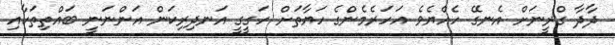
ދާދާ ގްރީނަށް އެނގޭ ހެއްޔެވެ އަހަރެމެންގެ ހަޔާތަށް ހަގީގީ އަނދިރިކަން އަންނަނީ ބައްތިތަކާއި